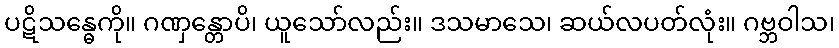
ပဋိသန္ဓေကို။ ဂဏှန္တောပိ၊ ယူသော်လည်း။ ဒသမာသေ၊ ဆယ်လပတ်လုံး။ ဂဗ္ဘဝါသ၊